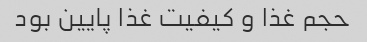
حجم غذا و کیفیت غذا پایین بود